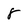
Character: 8